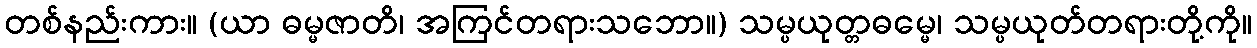
တစ်နည်းကား။ (ယာ ဓမ္မဇာတိ၊ အကြင်တရားသဘော။) သမ္ပယုတ္တဓမ္မေ၊ သမ္ပယုတ်တရားတို့ကို။